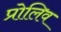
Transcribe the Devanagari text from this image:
प्रोलिव